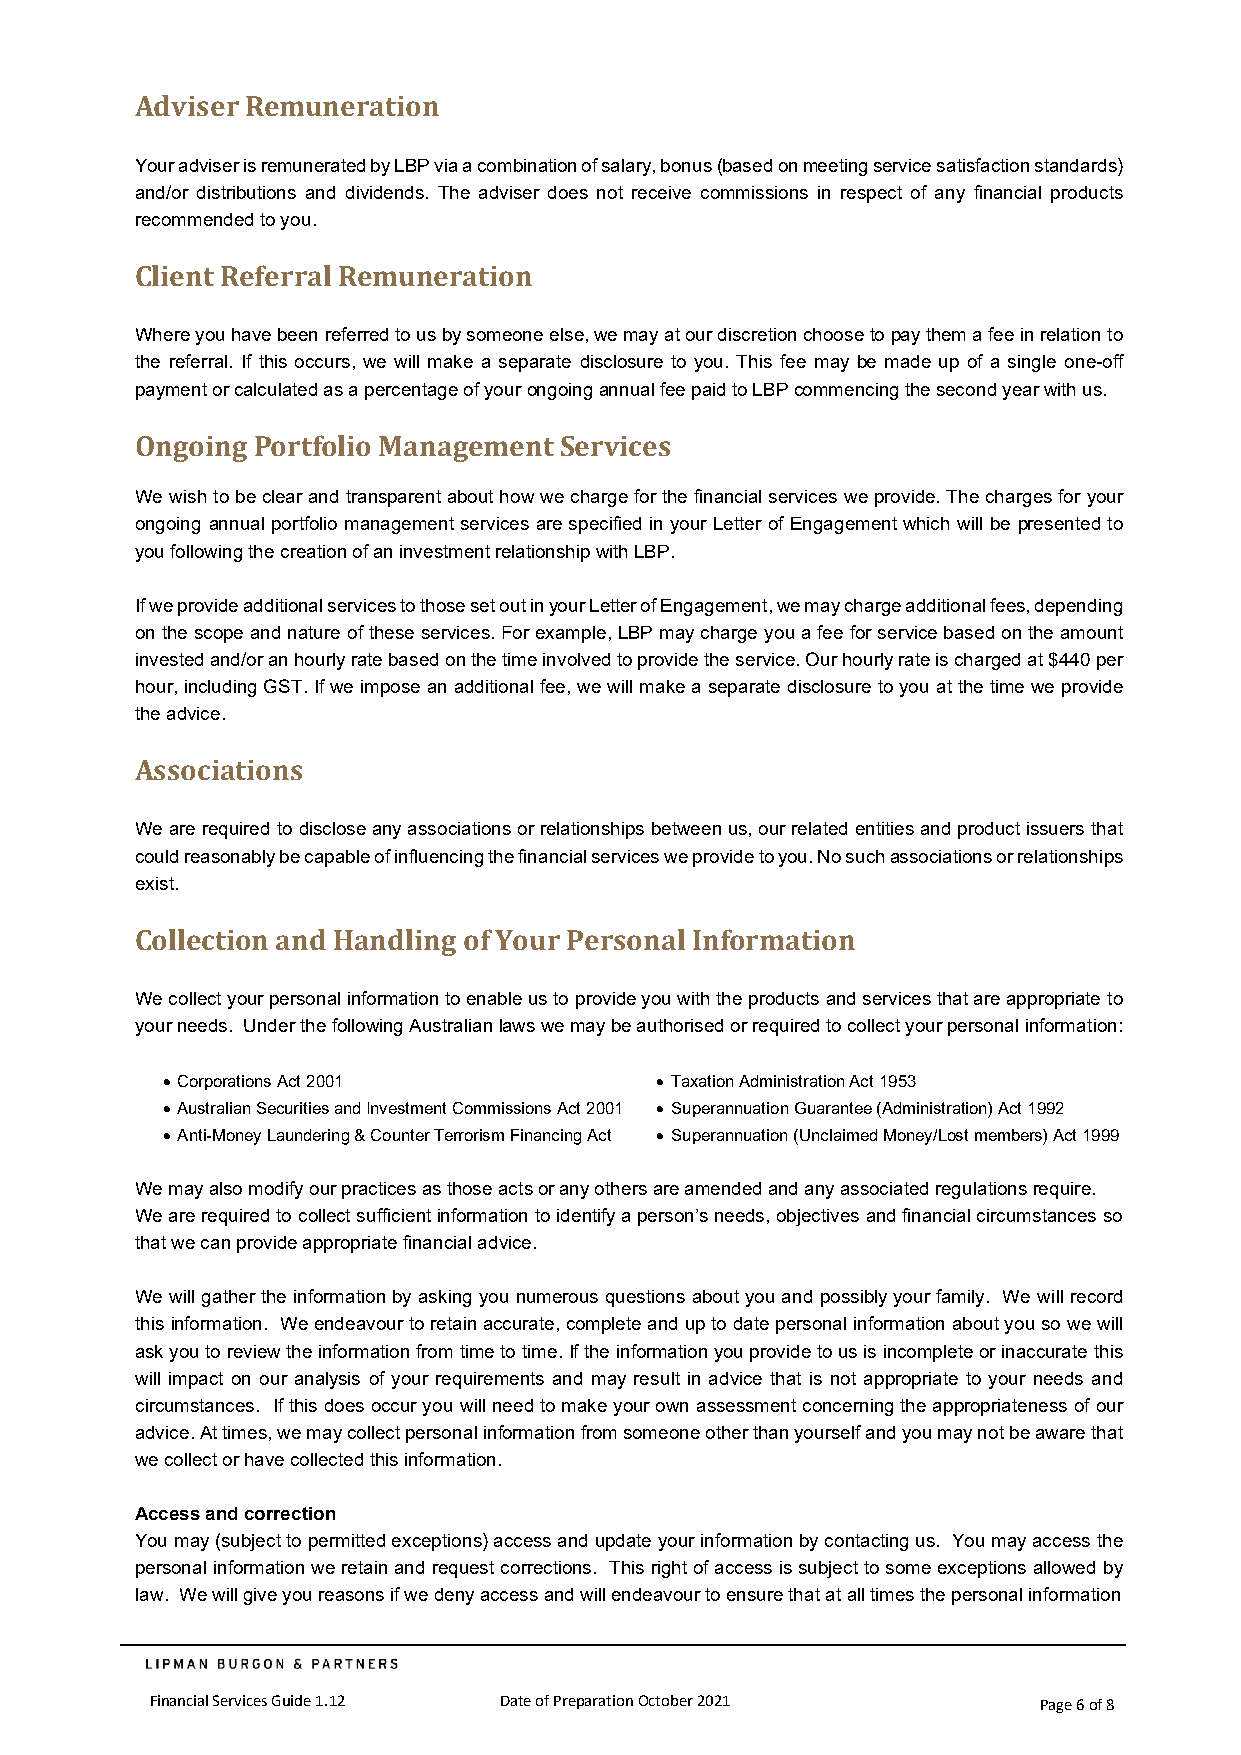
Adviser Remuneration
 Your adviser is remunerated by LBP via a combination of salary, bonus (based on meeting service satisfaction standards)
 and/or distributions and dividends. The adviser does not receive commissions in respect of any financial products
 recommended to you.
 Client Referral Remuneration
 Where you have been referred to us by someone else, we may at our discretion choose to pay them a fee in relation to
 the referral. If this occurs, we will make a separate disclosure to you. This fee may be made up of a single one-off
 payment or calculated as a percentage of your ongoing annual fee paid to LBP commencing the second year with us.
 Ongoing Portfolio Management Services
 We wish to be clear and transparent about how we charge for the financial services we provide. The charges for your
 ongoing annual portfolio management services are specified in your Letter of Engagement which will be presented to
 you following the creation of an investment relationship with LBP.
 If we provide additional services to those set out in your Letter of Engagement, we may charge additional fees, depending
 on the scope and nature of these services. For example, LBP may charge you a fee for service based on the amount
 invested and/or an hourly rate based on the time involved to provide the service. Our hourly rate is charged at $440 per
 hour, including GST. If we impose an additional fee, we will make a separate disclosure to you at the time we provide
 the advice.
 Associations
 We are required to disclose any associations or relationships between us, our related entities and product issuers that
 could reasonably be capable of influencing the financial services we provide to you. No such associations or relationships
 exist.
 Collection and Handling of Your Personal Information
 We collect your personal information to enable us to provide you with the products and services that are appropriate to
 your needs. Under the following Australian laws we may be authorised or required to collect your personal information:
 • Corporations Act 2001         • Taxation Administration Act 1953
 • Australian Securities and Investment Commissions Act 2001 • Superannuation Guarantee (Administration) Act 1992
 • Anti-Money Laundering & Counter Terrorism Financing Act • Superannuation (Unclaimed Money/Lost members) Act 1999
 We may also modify our practices as those acts or any others are amended and any associated regulations require.
 We are required to collect sufficient information to identify a person’s needs, objectives and financial circumstances so
 that we can provide appropriate financial advice.
 We will gather the information by asking you numerous questions about you and possibly your family. We will record
 this information. We endeavour to retain accurate, complete and up to date personal information about you so we will
 ask you to review the information from time to time. If the information you provide to us is incomplete or inaccurate this
 will impact on our analysis of your requirements and may result in advice that is not appropriate to your needs and
 circumstances. If this does occur you will need to make your own assessment concerning the appropriateness of our
 advice. At times, we may collect personal information from someone other than yourself and you may not be aware that
 we collect or have collected this information.
 Access and correction
 You may (subject to permitted exceptions) access and update your information by contacting us. You may access the
 personal information we retain and request corrections. This right of access is subject to some exceptions allowed by
 law. We will give you reasons if we deny access and will endeavour to ensure that at all times the personal information
 Financial Services Guide 1.12 Date of Preparation October 2021 Page 6 of 8